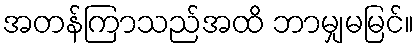
အတန်ကြာသည်အထိ ဘာမျှမမြင်။